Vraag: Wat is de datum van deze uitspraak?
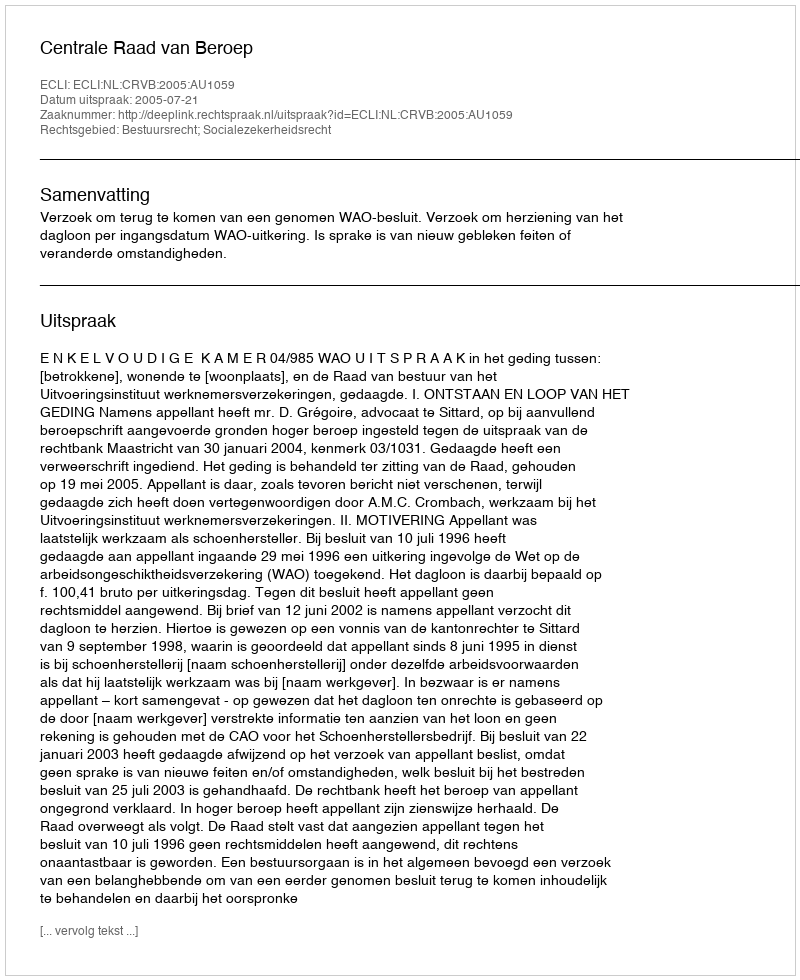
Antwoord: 2005-07-21